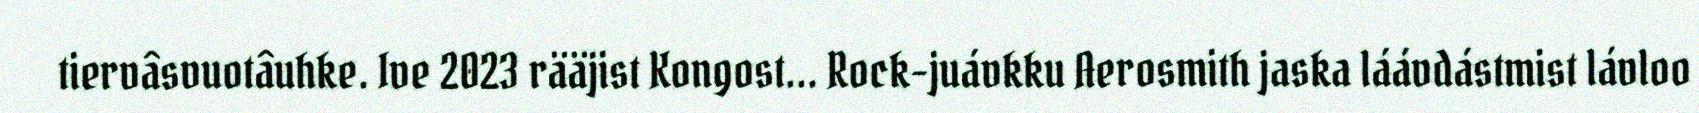
tiervâsvuotâuhke. Ive 2023 rääjist Kongost... Rock-juávkku Aerosmith jaska láávdástmist lávloo